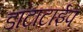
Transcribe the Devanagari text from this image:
डाटाटाईप